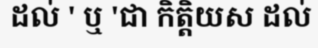
ដល់ ' ឬ 'ជា កិត្តិយស ដល់